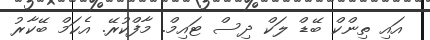
އައި ތިންކް ބޭޑް ލަކް ދިސް ޓައިމް. މާފްކުރޭ. އެކަމް ބޭކާރު